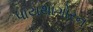
પાયથાગોરન